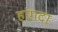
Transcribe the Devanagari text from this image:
हांगदा